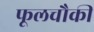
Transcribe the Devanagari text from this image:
फूलचौकी